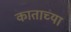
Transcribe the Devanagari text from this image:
काताच्या